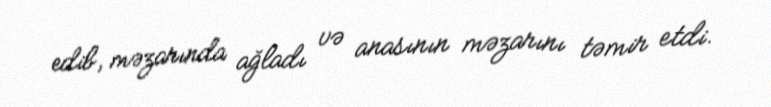
edib, məzarında ağladı və anasının məzarını təmir etdi.